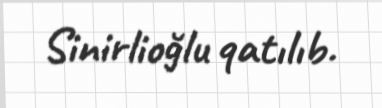
Sinirlioğlu qatılıb.